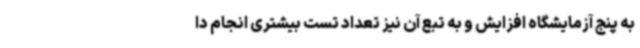
به پنج آزمایشگاه افزایش و به تبع آن نیز تعداد تست بیشتری انجام دا